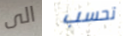
الى تحسب